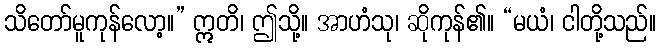
သိတော်မူကုန်လော့။” ဣတိ၊ ဤသို့။ အာဟံသု၊ ဆိုကုန်၏။ “မယံ၊ ငါတို့သည်။